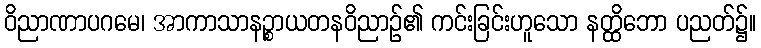
ဝိညာဏာပဂမေ၊ အာကာသာနဉ္စာယတနဝိညာဉ်၏ ကင်းခြင်းဟူသော နတ္ထိဘော ပညတ်၌။